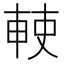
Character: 𠦱